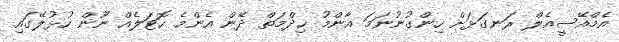
އެމްއޭސީއެލް ރަނގަޅަށް ހިންގުނުނަމަ އާންމު ޚިދްމަތް ދޭން އެންމެ ހޮޓަލެއް ނޫން ހުޅުލޭގައި